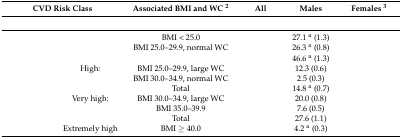
<table><thead><tr><td colspan="2"><b>CVD Risk Class</b></td><td><b>Associated BMI and WC <sup>2</sup></b></td><td><b>All</b></td><td><b>Males</b></td><td><b>Females <sup>3</sup></b></td></tr></thead><tbody><tr><td>[EMPTY_CELL]</td><td>[EMPTY_CELL]</td><td>[EMPTY_CELL]</td><td colspan="3">[EMPTY_CELL]</td></tr><tr><td>[EMPTY_CELL]</td><td>[EMPTY_CELL]</td><td>BMI &lt; 25.0</td><td>[EMPTY_CELL]</td><td>27.1 <sup>a</sup> (1.3)</td><td>[EMPTY_CELL]</td></tr><tr><td>[EMPTY_CELL]</td><td>[EMPTY_CELL]</td><td>BMI 25.0–29.9, normal WC</td><td>[EMPTY_CELL]</td><td>26.3 <sup>a</sup> (0.8)</td><td>[EMPTY_CELL]</td></tr><tr><td>[EMPTY_CELL]</td><td>[EMPTY_CELL]</td><td>[EMPTY_CELL]</td><td>[EMPTY_CELL]</td><td>46.6 <sup>a</sup> (1.3)</td><td>[EMPTY_CELL]</td></tr><tr><td>[EMPTY_CELL]</td><td>High:</td><td>BMI 25.0–29.9, large WC</td><td>[EMPTY_CELL]</td><td>12.3 (0.6)</td><td>[EMPTY_CELL]</td></tr><tr><td>[EMPTY_CELL]</td><td>[EMPTY_CELL]</td><td>BMI 30.0–34.9, normal WC</td><td>[EMPTY_CELL]</td><td>2.5 (0.3)</td><td>[EMPTY_CELL]</td></tr><tr><td>[EMPTY_CELL]</td><td>[EMPTY_CELL]</td><td>Total</td><td>[EMPTY_CELL]</td><td>14.8 <sup>a</sup> (0.7)</td><td>[EMPTY_CELL]</td></tr><tr><td>[EMPTY_CELL]</td><td>Very high:</td><td>BMI 30.0–34.9, large WC</td><td>[EMPTY_CELL]</td><td>20.0 (0.8)</td><td>[EMPTY_CELL]</td></tr><tr><td>[EMPTY_CELL]</td><td>[EMPTY_CELL]</td><td>BMI 35.0–39.9</td><td>[EMPTY_CELL]</td><td>7.6 (0.5)</td><td>[EMPTY_CELL]</td></tr><tr><td>[EMPTY_CELL]</td><td>[EMPTY_CELL]</td><td>Total</td><td>[EMPTY_CELL]</td><td>27.6 (1.1)</td><td>[EMPTY_CELL]</td></tr><tr><td>[EMPTY_CELL]</td><td>Extremely high</td><td>BMI ≥ 40.0</td><td>[EMPTY_CELL]</td><td>4.2 <sup>a</sup> (0.3)</td><td>[EMPTY_CELL]</td></tr></tbody></table>